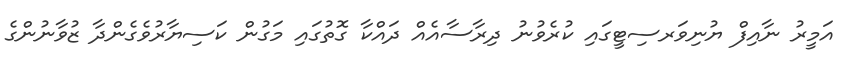
އަމީރު ނާއިފް ޔުނިވަރސިޓީގައި ކުރެވުނު ދިރާސާއެއް ދައްކާ ގޮތުގައި މަގުން ކަސިޔާރުވެގެންދާ ޒުވާނުންގެ